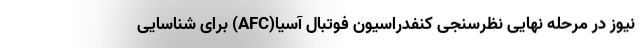
نیوز در مرحله نهایی نظرسنجی کنفدراسیون فوتبال آسیا(AFC) برای شناسایی